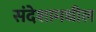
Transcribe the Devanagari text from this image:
संदेशामधील